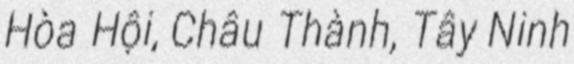
Hòa Hội, Châu Thành, Tây Ninh